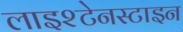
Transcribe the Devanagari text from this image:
लाइश्टेनस्टाइन